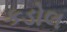
કડોલ